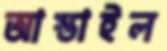
আস্তাইল